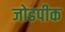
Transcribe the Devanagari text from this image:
जोडपीक